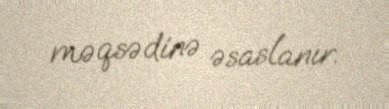
məqsədinə əsaslanır.